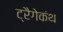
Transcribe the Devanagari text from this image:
ट्रैगेकंथ